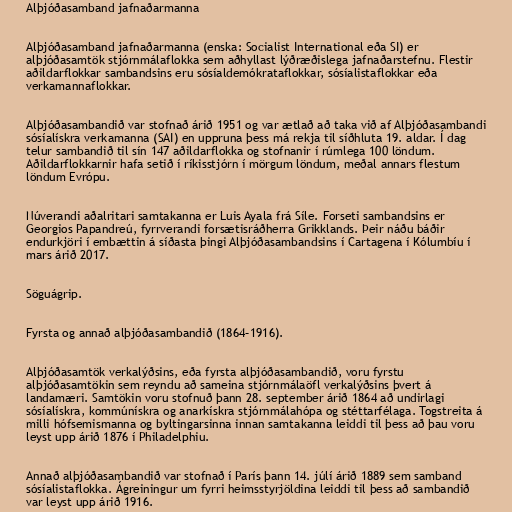
Alþjóðasamband jafnaðarmanna

Alþjóðasamband jafnaðarmanna (enska: Socialist International eða SI) er
alþjóðasamtök stjórnmálaflokka sem aðhyllast lýðræðislega jafnaðarstefnu. Flestir
aðildarflokkar sambandsins eru sósíaldemókrataflokkar, sósíalistaflokkar eða
verkamannaflokkar.

Alþjóðasambandið var stofnað árið 1951 og var ætlað að taka við af Alþjóðasambandi
sósíalískra verkamanna (SAI) en uppruna þess má rekja til síðhluta 19. aldar. Í dag
telur sambandið til sín 147 aðildarflokka og stofnanir í rúmlega 100 löndum.
Aðildarflokkarnir hafa setið í ríkisstjórn í mörgum löndum, meðal annars flestum
löndum Evrópu.

Núverandi aðalritari samtakanna er Luis Ayala frá Síle. Forseti sambandsins er
Georgios Papandreú, fyrrverandi forsætisráðherra Grikklands. Þeir náðu báðir
endurkjöri í embættin á síðasta þingi Alþjóðasambandsins í Cartagena í Kólumbíu í
mars árið 2017.

Söguágrip.

Fyrsta og annað alþjóðasambandið (1864–1916).

Alþjóðasamtök verkalýðsins, eða fyrsta alþjóðasambandið, voru fyrstu
alþjóðasamtökin sem reyndu að sameina stjórnmálaöfl verkalýðsins þvert á
landamæri. Samtökin voru stofnuð þann 28. september árið 1864 að undirlagi
sósíalískra, kommúnískra og anarkískra stjórnmálahópa og stéttarfélaga. Togstreita á
milli hófsemismanna og byltingarsinna innan samtakanna leiddi til þess að þau voru
leyst upp árið 1876 í Philadelphiu.

Annað alþjóðasambandið var stofnað í París þann 14. júlí árið 1889 sem samband
sósíalistaflokka. Ágreiningur um fyrri heimsstyrjöldina leiddi til þess að sambandið
var leyst upp árið 1916.